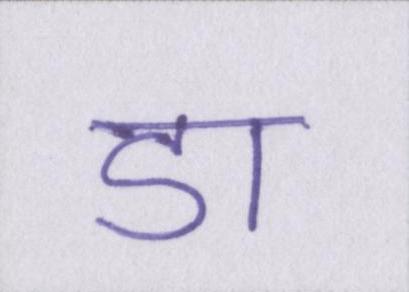
डा